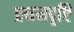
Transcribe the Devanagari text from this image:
प्रथमदृष्टि